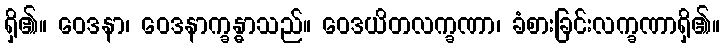
ရှိ၏။ ဝေဒနာ၊ ဝေဒနာက္ခန္ဓာသည်။ ဝေဒယိတလက္ခဏာ၊ ခံစားခြင်းလက္ခဏာရှိ၏။